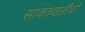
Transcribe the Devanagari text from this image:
सावंतवाडीची